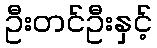
ဦးတင်ဦးနှင့်